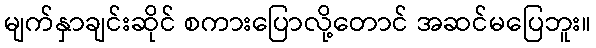
မျက်နှာချင်းဆိုင် စကားပြောလို့တောင် အဆင်မပြေဘူး။